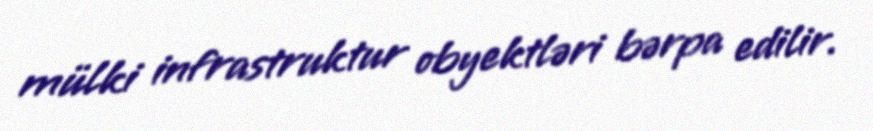
mülki infrastruktur obyektləri bərpa edilir.